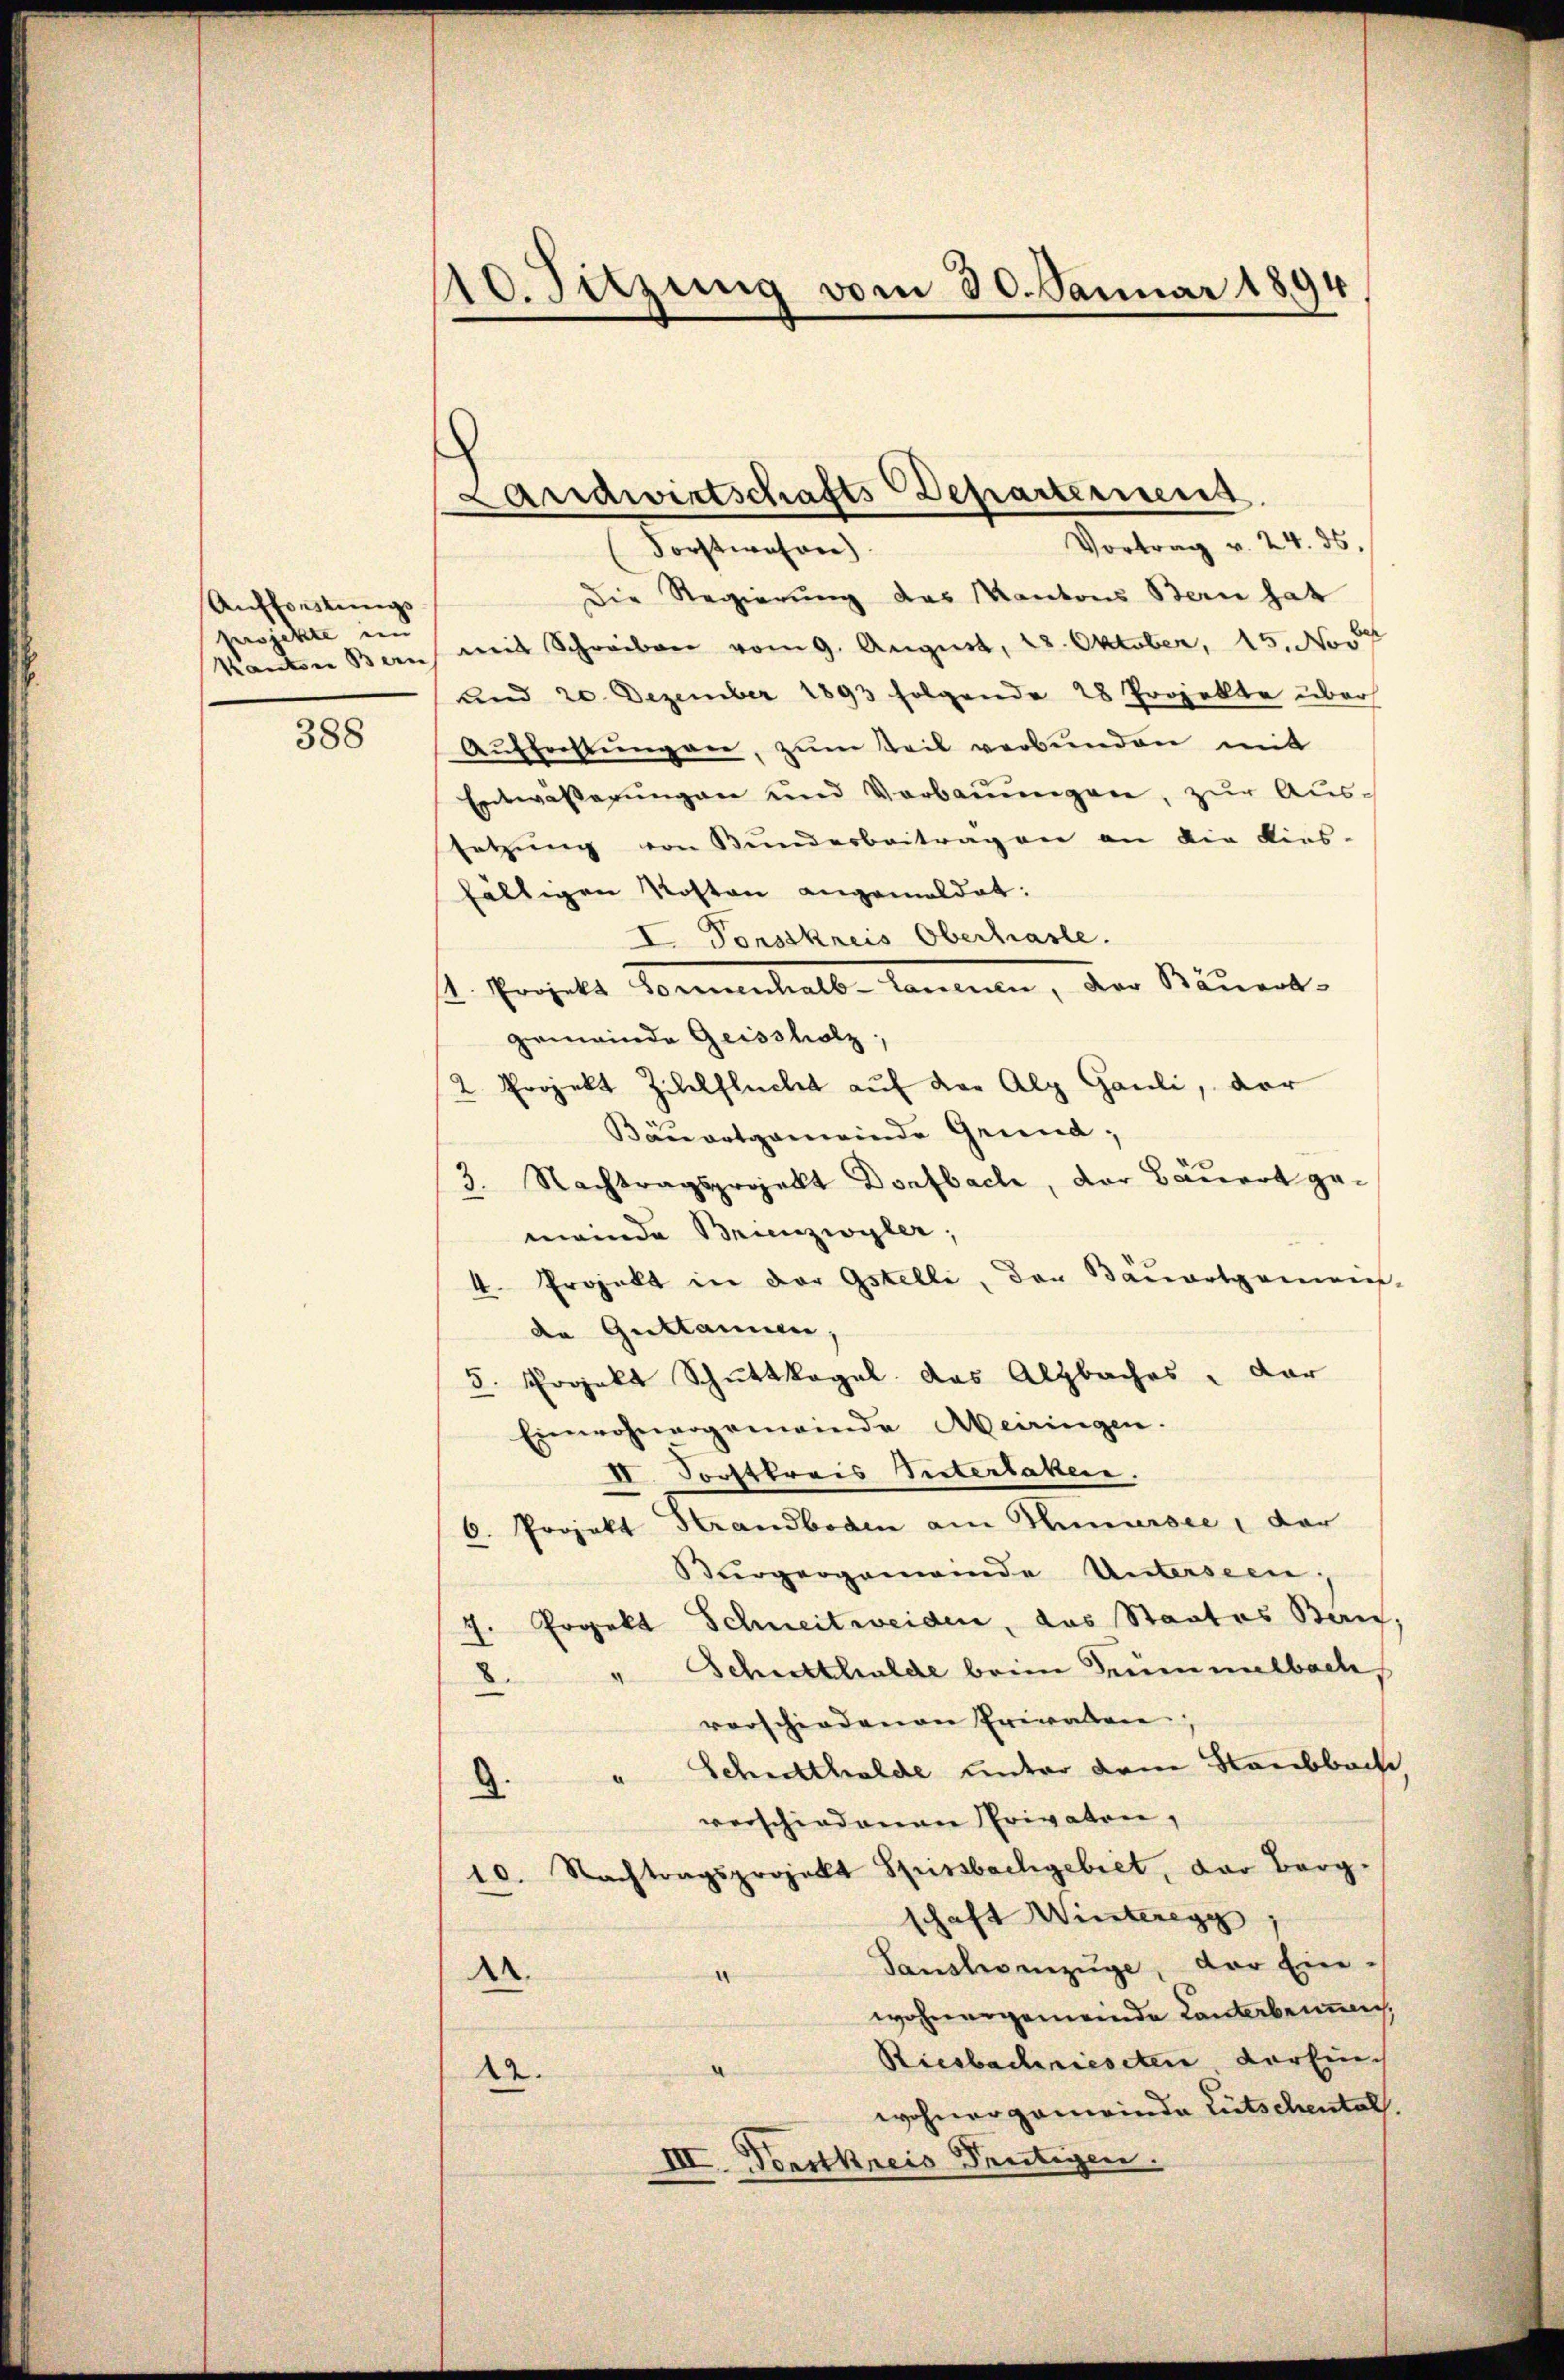
Aufforstungs
projekte ein
Kanton Bern

388

10. Sitzung vom 30. Januar 1894

Landwirtschafts-Departeriens

Vortrag v. 24. ds.
Forstwahren
Die Regierung des Kantons Bern hat
mit Schreiben vom 9. August, 28. Oktober, 15. No 14
und 20. Dezember 1893 folgende 28 Projekte über
Aŭffahlŭngen, zum Teil verbunden mit
Entwässerungen und Verbauungen, zur Aussetzŭng von Bunderbeitragen an die Kirs-
fältigen Kosten angemeldet:
I. Vonsskreis Oberhasle.
4. Projekt Brennerhalbe Sonnen, der Sanent-
gemeinde Geissholz,
2 Projekt Zilelflucht auf der Alp Gauli, der
Bäuortgemeinde Grund;
3. Nachtragsprojekt Dorfbach, Dor Bauert gemeinde Brunzwyler;
k. Projekt in der Gstelle, der Bauartgemein-
de Guttannen.
5. Projekt Schuttkegel das Alzbaches dar
Einwohnergemeinde Meiringen.
I. Forstkreis Seiterlaken.
6. Projekt Herandboden am Thursee, der
Bürgergemeinde Unterseen,
J. Projekt Schneitweiden, das Staates Bau,
Schutthalde beim Trümmelbach,
8
vorschiedenen Erewaltene
" Schutthalde unter dem Staubbache
d.
verschiedenen Privaten,
10. Nachtragsprojekt Spirsbachgebiet, der Berg.
schaft Winteregg
" Sansteenzüge, der Ein-
A.
wohnergemeinde Lanterbenen,
Riesbachriesten verein
d
22.
wohnergemeinde Entschentel.
III. Vorstkreis Teutigen.